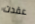
عقدت